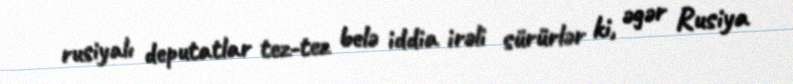
rusiyalı deputatlar tez-tez belə iddia irəli sürürlər ki, əgər Rusiya